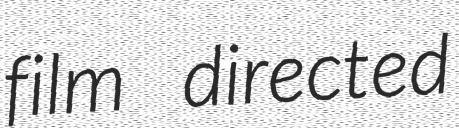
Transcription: film directed